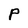
Character: P